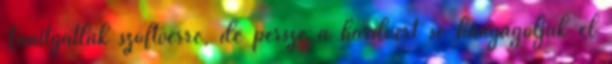
Tanítgatlak szoftverre, de persze a hardvert se hanyagoljuk el